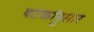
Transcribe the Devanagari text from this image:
षटकांनुसार